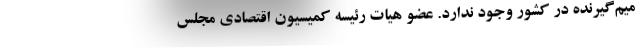
میم‌گیرنده در کشور وجود ندارد. عضو هیات رئیسه کمیسیون اقتصادی مجلس